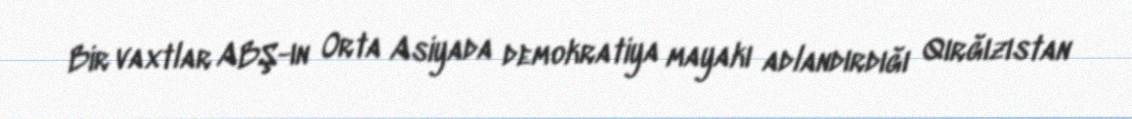
Bir vaxtlar ABŞ-ın Orta Asiyada demokratiya mayakı adlandırdığı Qırğızıstan